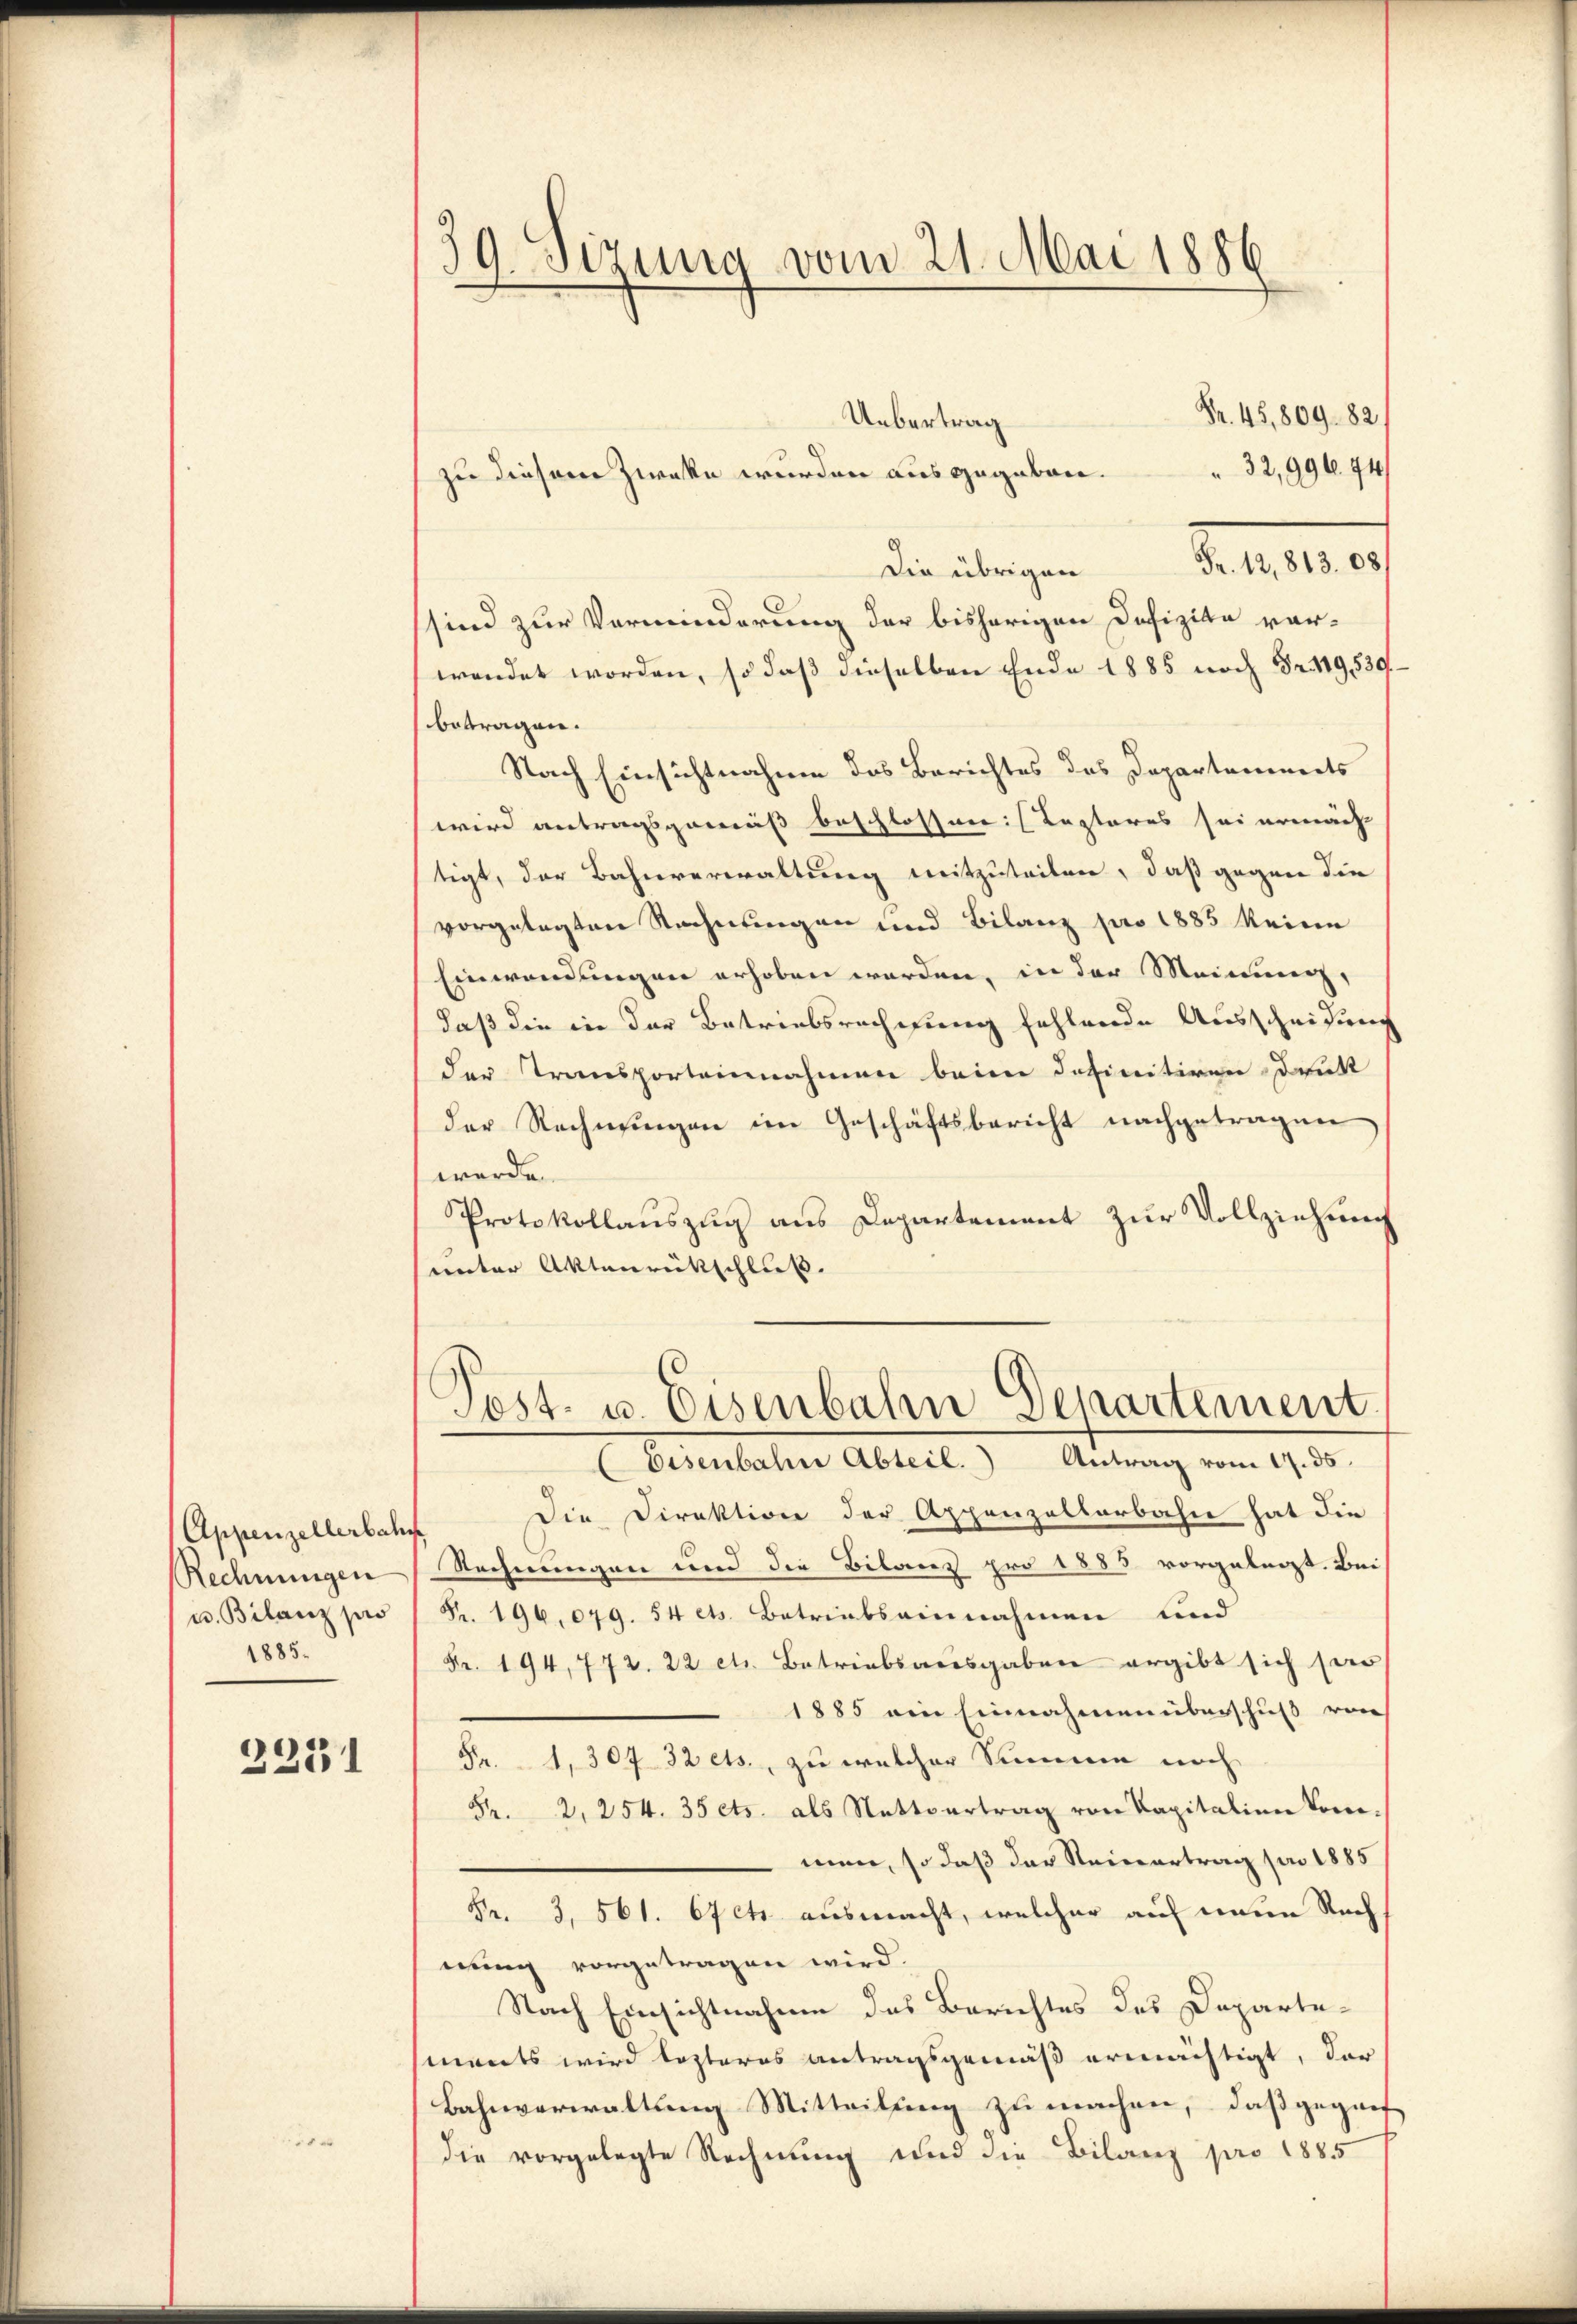
Appenzellerbahn
Rechnungen
u. Bilanz pro
1885.

2231

39. Sezung vom 21. Mai 1886

Fr. 45,809. 821
Uebertrag
32,996. 74)
zu diesem Zwecke wurden ausgegeben.
d. d. d.
Die übrigen
sind zur Verminderung der bisherigen Defizita vor-
wendet worden, so daß dieselben Ende 1885 noch Fr. 119,539
betragen.
Nach Einsichtnahme des Berichtes des Departements
wird antragsgemäß beschlossen: Kaptores sei ermächt
tigt, der Bahnverwaltung mitzuteilen, daß gegen die
vorgelegten Rechnungen und Bilanz pro 1885 keine
Einwendungen erhoben werden, in der Meinung,
daß die die der Betriebsrechnung fehlende Ausscheidung
der Transporteilnahmen beim definitiven Druk
der Rechnungen im Geschäftsbericht nachgetragen
werde.
Protokollauszug aus Departement zur Vollziehung
unter Aktenrückschluß.
Post- u. Eisenbahn Departement.
Eisenbahre Abteil. Antrag vom 9. ds.
Die Direktion der Appenzelterbahn hat die
Rechnungen und die Bilanz pro 1885 vorgelegt. Bei
Pr. 196.079. 54 ets. Betriebsainnahmen und
Fr. 194, 772. 22 cts. Betriebsausgaben ergibt sich sa
1885 ein Einnahmen überschuß von
Fr. 1, 307 32 ets., zu welcher Summen noch
Fr. 2, 254. 35 cts. als Nettvertrag von Kapitalien Kon-
men, so daß der Steinertrag pro 1885
Fr. 3, 561. Stets ausmacht, welcher auf mein Rach
nung vorgetragen wird.
Nach Einsichtnahme des Berichtes des Departements wird lezteres Antragsgemäß ermächtigt, der
Bahnverwaltung Mitteilung zu machen, daß geganf
die vorgelegte Rechnung und die Bilanz pro 1885